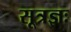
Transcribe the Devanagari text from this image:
सूत्रज्ञः